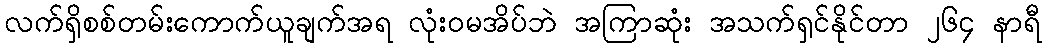
လက်ရှိစစ်တမ်းကောက်ယူချက်အရ လုံးဝမအိပ်ဘဲ အကြာဆုံး အသက်ရှင်နိုင်တာ ၂၆၄ နာရီ